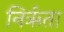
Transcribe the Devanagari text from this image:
निर्ऋता